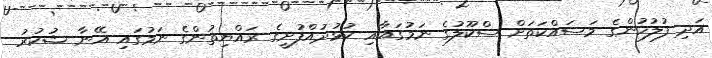
އަދި ފުލުހުންގެ މަސައްކަތަށް ސްކޫލުގެ ނަމުގައާއި ކުޅުދުއްފުށީގެ ރައްޔިތުންގެ ނަމުގައި އޭނާ ޝުކުރު